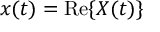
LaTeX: x ( t ) = \operatorname { R e } \{ X ( t ) \}